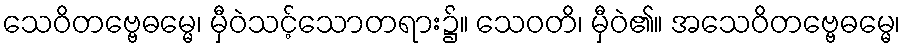
သေဝိတဗ္ဗေဓမ္မေ၊ မှီဝဲသင့်သောတရား၌။ သေဝတိ၊ မှီဝဲ၏။ အသေဝိတဗ္ဗေဓမ္မေ၊